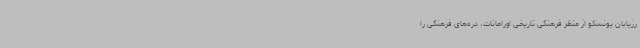
رزیابان یونسکو از منظر فرهنگی تاریخی اورامانات، دره‌های فرهنگی را